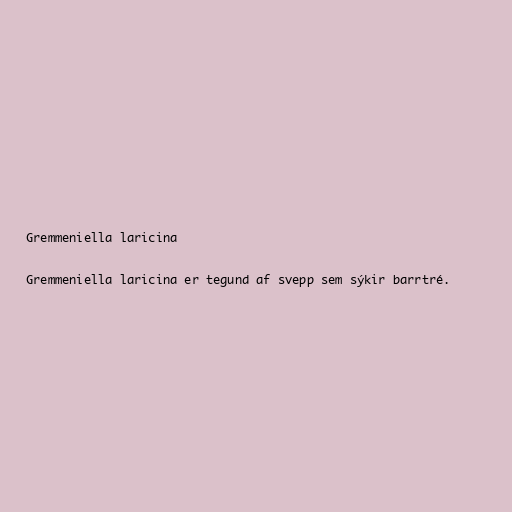
Gremmeniella laricina

Gremmeniella laricina er tegund af svepp sem sýkir barrtré.